Bombay plague: being a history of the progress of plague in the Bombay presidency from September 1896 to June 1899
Year: 1896
Disease focus: Plague
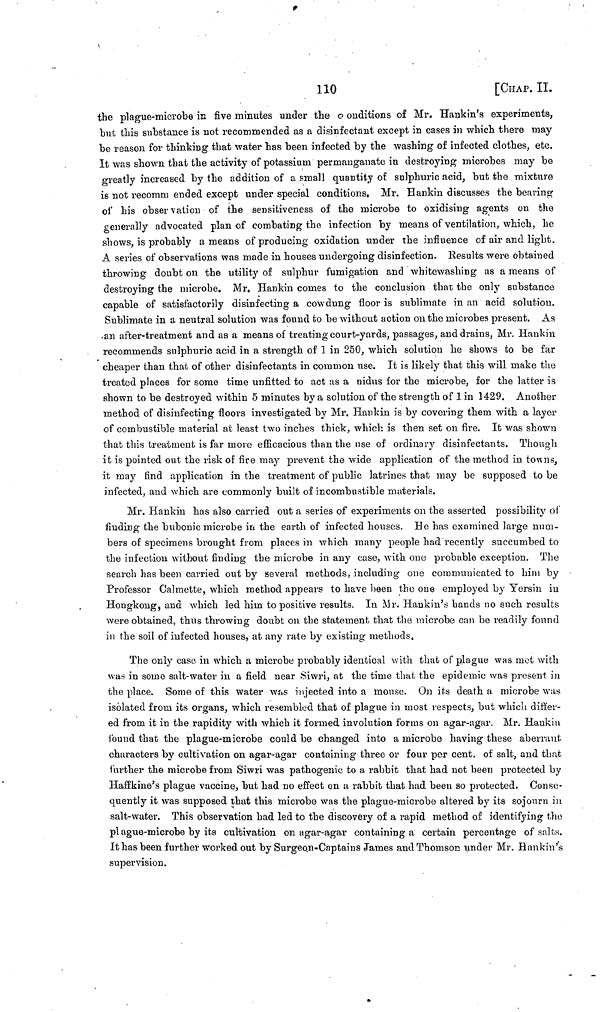
110
[CHAP. II.
the plague-microbe in five minutes under the o onditions of Mr. Hankin's experiments,
but this substance is not recommended as a disinfectant except in cases in which there may
be reason for thinking that water has been infected by the washing of infected clothes, etc.
It was shown that the activity of potassium permanganate in destroying microbes may be
greatly increased by the addition of a small quantity of sulphuric acid, but the mixture
is not reconnu ended except under special conditions. Mr. Hankin discusses the bearing
of his observation of the sensitiveness of the microbe to oxidising agents on the
generally advocated plan of combating the infection by means of ventilation, which, he
shows, is probably a means of producing oxidation under the influence of air and light.
A series of observations was made in houses undergoing disinfection. Results were obtained
throwing doubt on the utility of sulphur fumigation and whitewashing as a means of
destroying the microbe. Mr. Hankin comes to the conclusion that the only substance
capable of satisfactorily disinfecting a cowdung floor is sublimate in an acid solution.
Sublimate in a neutral solution was found to be without action on the microbes present. As
an after-treatment and as a means of treating court-yards, passages, and drains, Mr. Hankin
recommends sulphuric acid in a strength of 1 in 250, which solution he shows to be far
cheaper than that of other disinfectants in common use. It is likely that this will make the
treated places for some time unfitted to act as a nidus for the microbe, for the latter is
shown to be destroyed within 5 minutes by a solution of the strength of 1 in 1429. Another
method of disinfecting floors investigated by Mr. Hankin is by covering them with a layer
of combustible material at least two inches thick, which is then set on fire. It was shown
that this treatment is far more efficacious than the use of ordinary disinfectants. Though
it is pointed out the risk of fire may prevent the wide application of the method in towns,
it may find application in the treatment of public latrines that may be supposed to be
infected, and which are commonly built of incombustible materials.
Mr. Hankin has also carried out a series of experiments on the asserted possibility of
finding the bubonic microbe in the earth of infected houses. He has examined large num-
bers of specimens brought from places in which many people had recently succumbed to
the infection without finding the microbe in any case, with one probable exception. The
search has been carried out by several methods, including one communicated to him by
Professor Calmette, which method appears to have been the one employed by Yersin in
Hongkong, and which led him to positive results. In Mr. Hankin's hands no such results
were obtained, thus throwing doubt on the statement that the microbe can be readily found
in the soil of infected houses, at any rate by existing methods.
The only case in which a microbe probably identical with that of plague was met with
was in some salt-water in a field near Siwri, at the time that the epidemic was present in
the place. Some of this water was injected into a mouse. On its death a microbe was
isolated from its organs, which resembled that of plague in most respects, but which diffe-
ed from it in the rapidity with which it formed involution forms on agar-agar. Mr. Hankin
found that the plague-microbe could be changed into a microbe having these aberrant
characters by cultivation on agar-agar containing three or four per cent. of salt, and that
further the microbe from Siwri was pathogenic to a rabbit that had not been protected by
Haffkine's plague vaccine, but had no effect on a rabbit that had been so protected. Conse-
quently it was supposed that this microbe was the plague-microbe altered by its sojourn in
salt-water. This observation had led to the discovery of a rapid method of identifying the
plague-microbe by its cultivation on agar-agar containing a certain percentage of salts.
It has been further worked out by Surgeon-Captains James and Thomson under Mr. Hankin's
supervision.